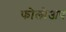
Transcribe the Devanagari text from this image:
फोलोअप